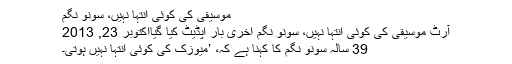
موسیقی کی کوئی انتہا نہیں، سونُو نِگم
آرٹ موسیقی کی کوئی انتہا نہیں، سونُو نِگم آخری بار اپڈیٹ کیا گیااکتوبر 23, 2013
39 سالہ سونو نگم کا کہنا ہے کہ، ’میوزک کی کوئی انتہا نہیں ہوتی۔